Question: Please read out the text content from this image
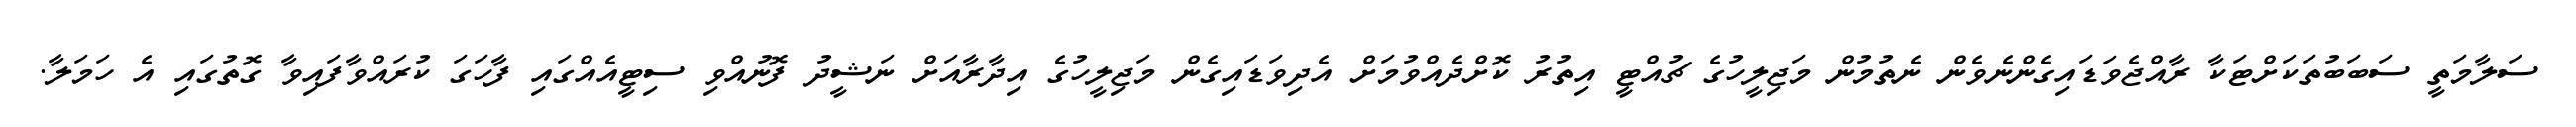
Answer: ސަލާމަތީ ސަބަބުތަކަށްޓަކާ ރާއްޖެވަޑައިގެންނެވެން ނެތުމުން މަޖިލީހުގެ ޗުއްޓީ އިތުރު ކޮށްދެއްވުމަށް އެދިވަޑައިގެން މަޖިލީހުގެ އިދާރާއަށް ނަޝީދު ފޮނުއްވި ސިޓީއެއްގައި ފާހަގަ ކުރައްވާފައިވާ ގޮތުގައި އެ ހަމަލާ.